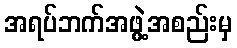
အရပ်ဘက်အဖွဲ့အစည်းမှ